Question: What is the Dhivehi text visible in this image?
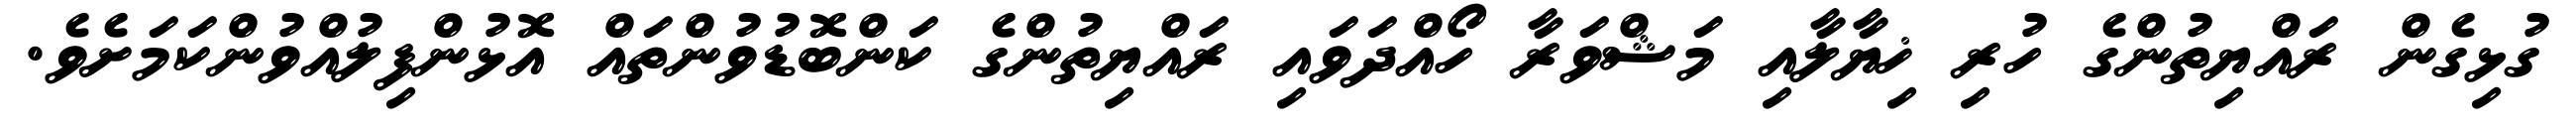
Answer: ގުޅިގެން ރައްޔިތުންގެ ހުރި ޚިޔާލާއި މަޝްވަރާ ހޯއްދަވައި ރައްޔިތުންގެ ކަންބޮޑުވުންތައް އޮޅުންފިލުއްވުންކަމަށެވެ.